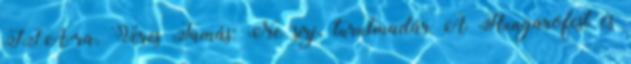
IFA-ra. Veres Tamás: Ne sírj, turulmadár A Hungarofest és